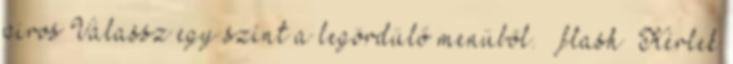
piros Válassz egy színt a legördülő menüből.flash Kérlek